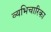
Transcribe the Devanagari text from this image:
व्यभिचारिका